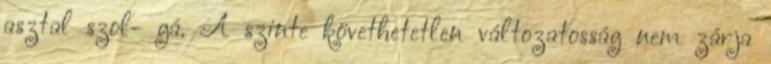
asztal szol- gá. A szinte követhetetlen változatosság nem zárja